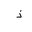
Letter: _thal